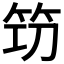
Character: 𥬣